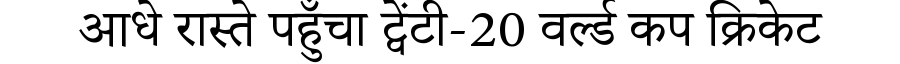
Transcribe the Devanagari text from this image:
आधे रास्ते पहुँचा ट्वेंटी-20 वर्ल्ड कप क्रिकेट